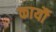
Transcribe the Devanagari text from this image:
कार्यौ